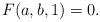
LaTeX: \begin{align*} F(a, b, 1) = 0. \end{align*}